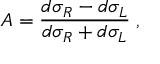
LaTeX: A = \frac { d \sigma _ { R } - d \sigma _ { L } } { d \sigma _ { R } + d \sigma _ { L } } \; ,